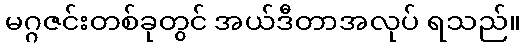
မဂ္ဂဇင်းတစ်ခုတွင် အယ်ဒီတာအလုပ် ရသည်။